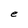
Character: e